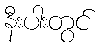
နီးပါးတွင်